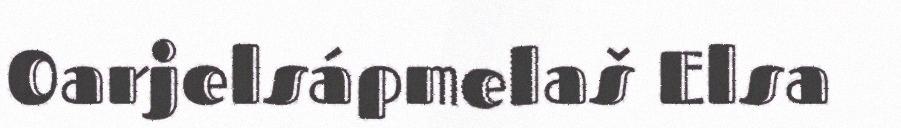
Oarjelsápmelaš Elsa